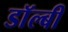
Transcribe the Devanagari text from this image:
डाॅल्बी